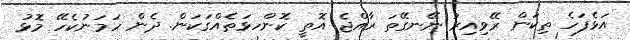
އަޅެފަހެ ތިކަން ރޭވިއިރު ނޭނގޭތަ ރާއްޖެ އޮތީ ކޮންހޅަތެއްގަކަން. ދެން ހަމަނުކެހޭ މޮޅު